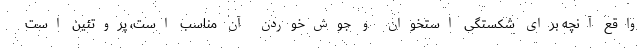
واقع آنچه برای شکستگی استخوان و جوش‌خوردن آن مناسب است، پروتئین است